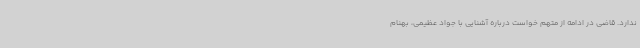
ندارد. قاضی در ادامه از متهم خواست درباره آشنایی با جواد عظیمی، بهنام